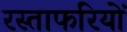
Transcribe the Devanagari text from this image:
रस्ताफरियों